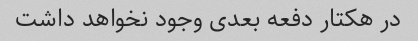
در هکتار دفعه بعدی وجود نخواهد داشت